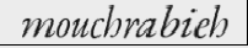
mouchrabieh